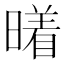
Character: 𰖭